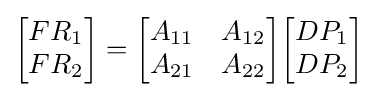
{\begin{bmatrix}FR_{1}\\FR_{2}\end{bmatrix}}={\begin{bmatrix}A_{11}&A_{12}\\A_{21}&A_{22}\end{bmatrix}}{\begin{bmatrix}DP_{1}\\DP_{2}\end{bmatrix}}